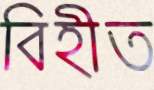
বিহীত